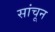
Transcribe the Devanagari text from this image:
सांचून